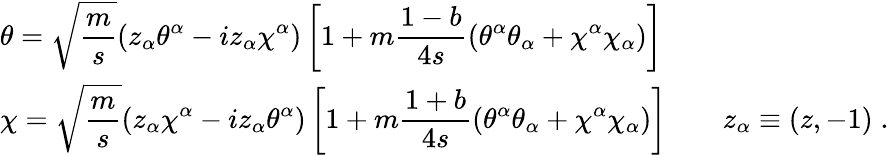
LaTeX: \begin{array}{l}{{\displaystyle\theta=\sqrt\frac{m}{s}(z_{\alpha}\theta^{\alpha}-iz_{\alpha}\chi^{\alpha})\left[1+m\frac{1-b}{4s}(\theta^{\alpha}\theta_{\alpha}+\chi^{\alpha}\chi_{\alpha})\right]}}\\ {{\displaystyle\chi=\sqrt\frac{m}{s}(z_{\alpha}\chi^{\alpha}-iz_{\alpha}\theta^{\alpha})\left[1+m\frac{1+b}{4s}(\theta^{\alpha}\theta_{\alpha}+\chi^{\alpha}\chi_{\alpha})\right]\qquad z_{\alpha}\equiv(z,-1)\; .}}\end{array}